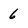
Character: 6